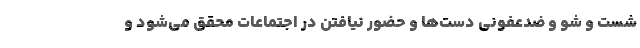
شست و شو و ضدعفونی دست‌ها و حضور نیافتن در اجتماعات محقق می‌شود و